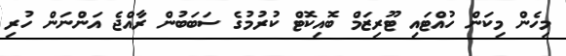
މިހެން މިކަން ހުއްޓައި ޓޫރިޒަމް ބޮއިކޮޓް ކުރުމުގެ ސަބަބުން ރާއްޖެ އަންނަން ހުރި